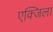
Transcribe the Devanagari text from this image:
एक्जिला